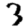
Digit: 3